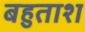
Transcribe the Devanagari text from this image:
बहुताश